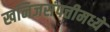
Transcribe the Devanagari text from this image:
खनिजसंपत्तीमध्ये